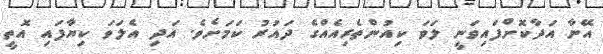
އޭނާ އަދާކޮށްފައިވަނީ ލަވަ ކިއުންތެރިއެއްގެ ދައުރު ކަމަށެވެ. އަދި އެލަވަ ކިޔާފައި އޮތީ